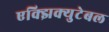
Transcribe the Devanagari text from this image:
एक्झिक्युटेबल